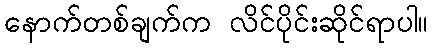
နောက်တစ်ချက်က လိင်ပိုင်းဆိုင်ရာပါ။